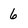
Character: 6